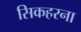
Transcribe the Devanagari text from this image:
सिकहरना